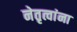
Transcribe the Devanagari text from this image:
नेतृत्वांना